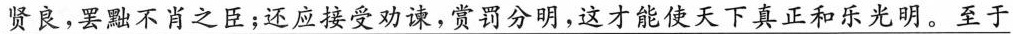
\underline{贤良，罢黜不肖之臣；还应接受劝谏，赏罚分明，这才能使天下真正和乐光明。至于}